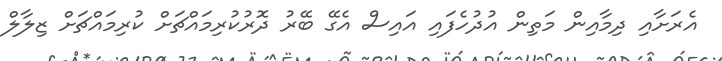
އެރަށާއި ދިމާއިން މަތިން އުދުހެފައި އައިސް އެގޭ ބޭރު ދޮރުކުރިމައްޗަށް ކުރިމައްޗަށް ޒިލާލް